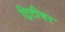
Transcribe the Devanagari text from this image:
ट्रिटीवर